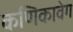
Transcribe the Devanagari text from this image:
कणिकावेग